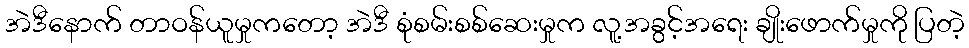
အဲဒီနောက် တာဝန်ယူမှုကတော့ အဲဒီ စုံစမ်းစစ်ဆေးမှုက လူ့အခွင့်အရေး ချိုးဖောက်မှုကို ပြတဲ့